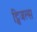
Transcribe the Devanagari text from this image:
ट्विजल्स